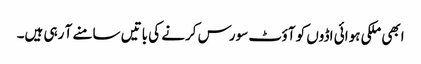
ابھی ملکی ہوائی اڈوں کو آؤٹ سورس کرنے کی باتیں سامنے آ رہی ہیں۔